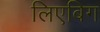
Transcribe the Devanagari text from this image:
लिएबिग